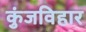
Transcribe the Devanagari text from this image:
कुंजविहार